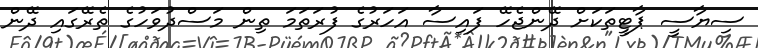
ސިޔާސީ ޕާޓީތަކަށް ދޭންޖެހޭ ފައިސާ އަހަރުގެ ފުރަތަމަ ތިން މަސްދުވަހުގެ ތެރޭގައި ދޭން